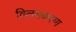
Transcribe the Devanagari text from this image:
विलयकरण